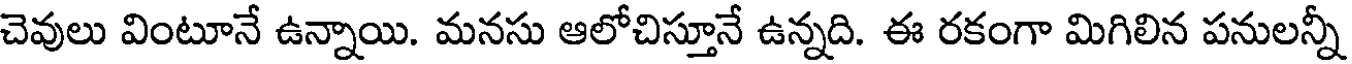
చెవులు వింటూనే ఉన్నాయి. మనసు ఆలోచిస్తూనే ఉన్నది. ఈ రకంగా మిగిలిన పనులన్నీ